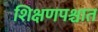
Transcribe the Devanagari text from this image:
शिक्षणपश्चात